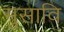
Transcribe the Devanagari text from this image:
मुसावि